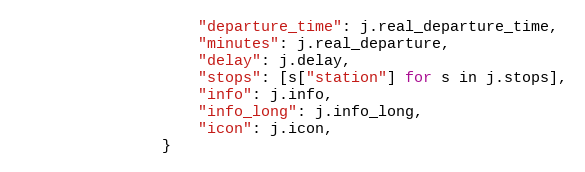
Language: Python
                    "departure_time": j.real_departure_time,
                    "minutes": j.real_departure,
                    "delay": j.delay,
                    "stops": [s["station"] for s in j.stops],
                    "info": j.info,
                    "info_long": j.info_long,
                    "icon": j.icon,
                }